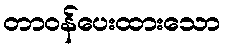
တာဝန်ပေးထားသော